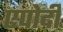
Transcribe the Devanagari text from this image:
एपोदी